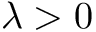
\lambda > 0